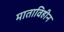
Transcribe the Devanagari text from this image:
माताविहीन